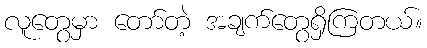
လူတွေမှာ တော်တဲ့ အချက်တွေရှိကြတယ်။